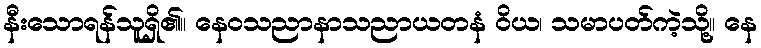
နီးသောရန်သူရှိ၏။ နေဝသညာနာသညာယတနံ ဝိယ၊ သမာပတ်ကဲ့သို့။ နေ